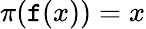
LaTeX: \pi(\mathtt{f}(x))=x